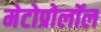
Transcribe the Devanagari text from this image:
मेटोप्रोलॉल